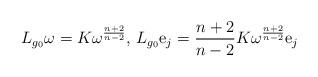
LaTeX: \begin{align*}L_{g_{0}}\omega=K\omega^{\frac{n+2}{n-2}}, \,L_{g_{0}}\mathrm{e}_{j}=\frac{n+2}{n-2}K\omega^{\frac{n+2}{n-2}}\mathrm{e}_{j}\end{align*}